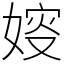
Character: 㛮